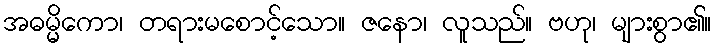
အဓမ္မိကော၊ တရားမစောင့်သော။ ဇနော၊ လူသည်။ ဗဟု၊ များစွာ၏။